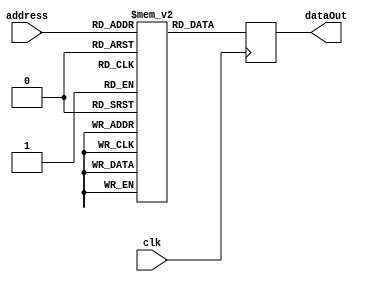
module instructionmemory
#(	parameter data_WIDTH = 32,	parameter ADDR_WIDTH = 10 )
(
	input [ADDR_WIDTH-1:0] address,
	input clk,
	output reg [data_WIDTH-1:0] dataOut
);

reg [data_WIDTH-1:0] memoria [0:(1<<ADDR_WIDTH)-1];
integer i;
//registrador r23 para offset de memria

initial begin
	for (i=0;i<1024;i=i+1)
		memoria[i] <= 0;
	memoria[0] <= 32'b000101_10111_00000_0000_1100_0000_0000;//load A
	memoria[1] <= 32'b000101_10111_00001_0000_1100_0000_0001;//load B
	memoria[2] <= 32'b000101_10111_00010_0000_1100_0000_0010;//load C
	memoria[3] <= 32'b000101_10111_00011_0000_1100_0000_0011;//load D
	
	memoria[4] <= 32'b000100_00000_00001_00100_01010_110010;//A*B
	memoria[5] <= 32'b000100_00010_00011_00101_01010_100000;//C+D
	
	memoria[6] <= 32'b000100_00100_00101_00110_01010_100010;//A*B - (C+D)
	
	memoria[7] <= 32'b000110_10111_00110_0000_1111_1111_1111;//store na memria
	
	//Cdigo com bolha:
	memoria[8] <= 32'b000101_10111_00000_0000_1100_0000_0000;//load A
	memoria[9] <= 32'b000101_10111_00001_0000_1100_0000_0001;//load B
	memoria[10] <= 32'b000101_10111_00010_0000_1100_0000_0010;//load C
	memoria[11] <= 32'b000101_10111_00011_0000_1100_0000_0011;//load D
	
	//trs bolhas
	memoria[12] <= 32'b000101_10111_11000_0000_1100_0000_0100;//Bubble lw 24,0C04(23) 
	memoria[13] <= 32'b000101_10111_11000_0000_1100_0000_0100;//Bubble lw 24,0C04(23) 
	memoria[14] <= 32'b000101_10111_11000_0000_1100_0000_0100;//Bubble lw 24,0C04(23)
	
	memoria[15] <= 32'b000100_00000_00001_00100_01010_110010;//A*B
	
	//trs bolhas
	memoria[16] <= 32'b000101_10111_11000_0000_1100_0000_0100;//Bubble lw 24,0C04(23) 
	memoria[17] <= 32'b000101_10111_11000_0000_1100_0000_0100;//Bubble lw 24,0C04(23) 
	memoria[18] <= 32'b000101_10111_11000_0000_1100_0000_0100;//Bubble lw 24,0C04(23)
	
	memoria[19] <= 32'b000100_00010_00011_00101_01010_100000;//C+D
	
	//trs bolhas
	memoria[20] <= 32'b000101_10111_11000_0000_1100_0000_0100;//Bubble lw 24,0C04(23) 
	memoria[21] <= 32'b000101_10111_11000_0000_1100_0000_0100;//Bubble lw 24,0C04(23) 
	memoria[22] <= 32'b000101_10111_11000_0000_1100_0000_0100;//Bubble lw 24,0C04(23) 
	
	memoria[23] <= 32'b000100_00100_00101_00110_01010_100010;//A*B - (C+D)
	
	//trs bolhas
	memoria[24] <= 32'b000101_10111_11000_0000_1100_0000_0100;//Bubble lw 24,0C04(23)
	memoria[25] <= 32'b000101_10111_11000_0000_1100_0000_0100;//Bubble lw 24,0C04(23) 
	memoria[26] <= 32'b000101_10111_11000_0000_1100_0000_0100;//Bubble lw 24,0C04(23) 
	
	memoria[27] <= 32'b000110_10111_00110_0000_1111_1111_1111;//store na memria
end
	always @ (posedge clk) 
	begin
		dataOut <= memoria[address];
	end

endmodule